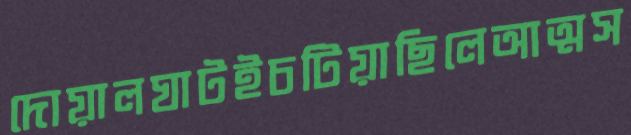
দোয়ালঘাটইচটিয়াছিলেআত্মস